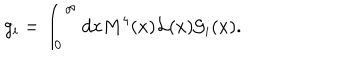
LaTeX: g _ { i } = \int _ { 0 } ^ { \infty } d x M ^ { 4 } ( x ) { \cal L } ( x ) { \cal G } _ { i } ( x ) .